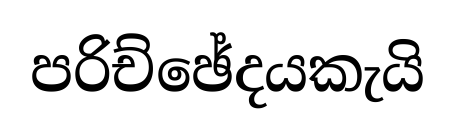
පරිච්ඡේදයකැයි